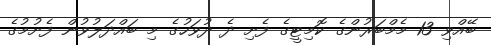
ބޭއްވި 13 މެމްބަރުންގެ ކޮމިޓީގެ ފެށި ދެ ދުވަހުގެ މި ބައްދަލުވުން ފެށުމުގެ